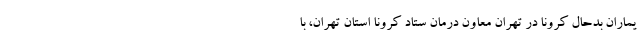
یماران بدحال کرونا در تهران معاون درمان ستاد کرونا استان تهران، با